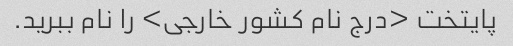
پایتخت <درج نام کشور خارجی> را نام ببرید.